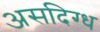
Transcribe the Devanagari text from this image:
असदिग्ध